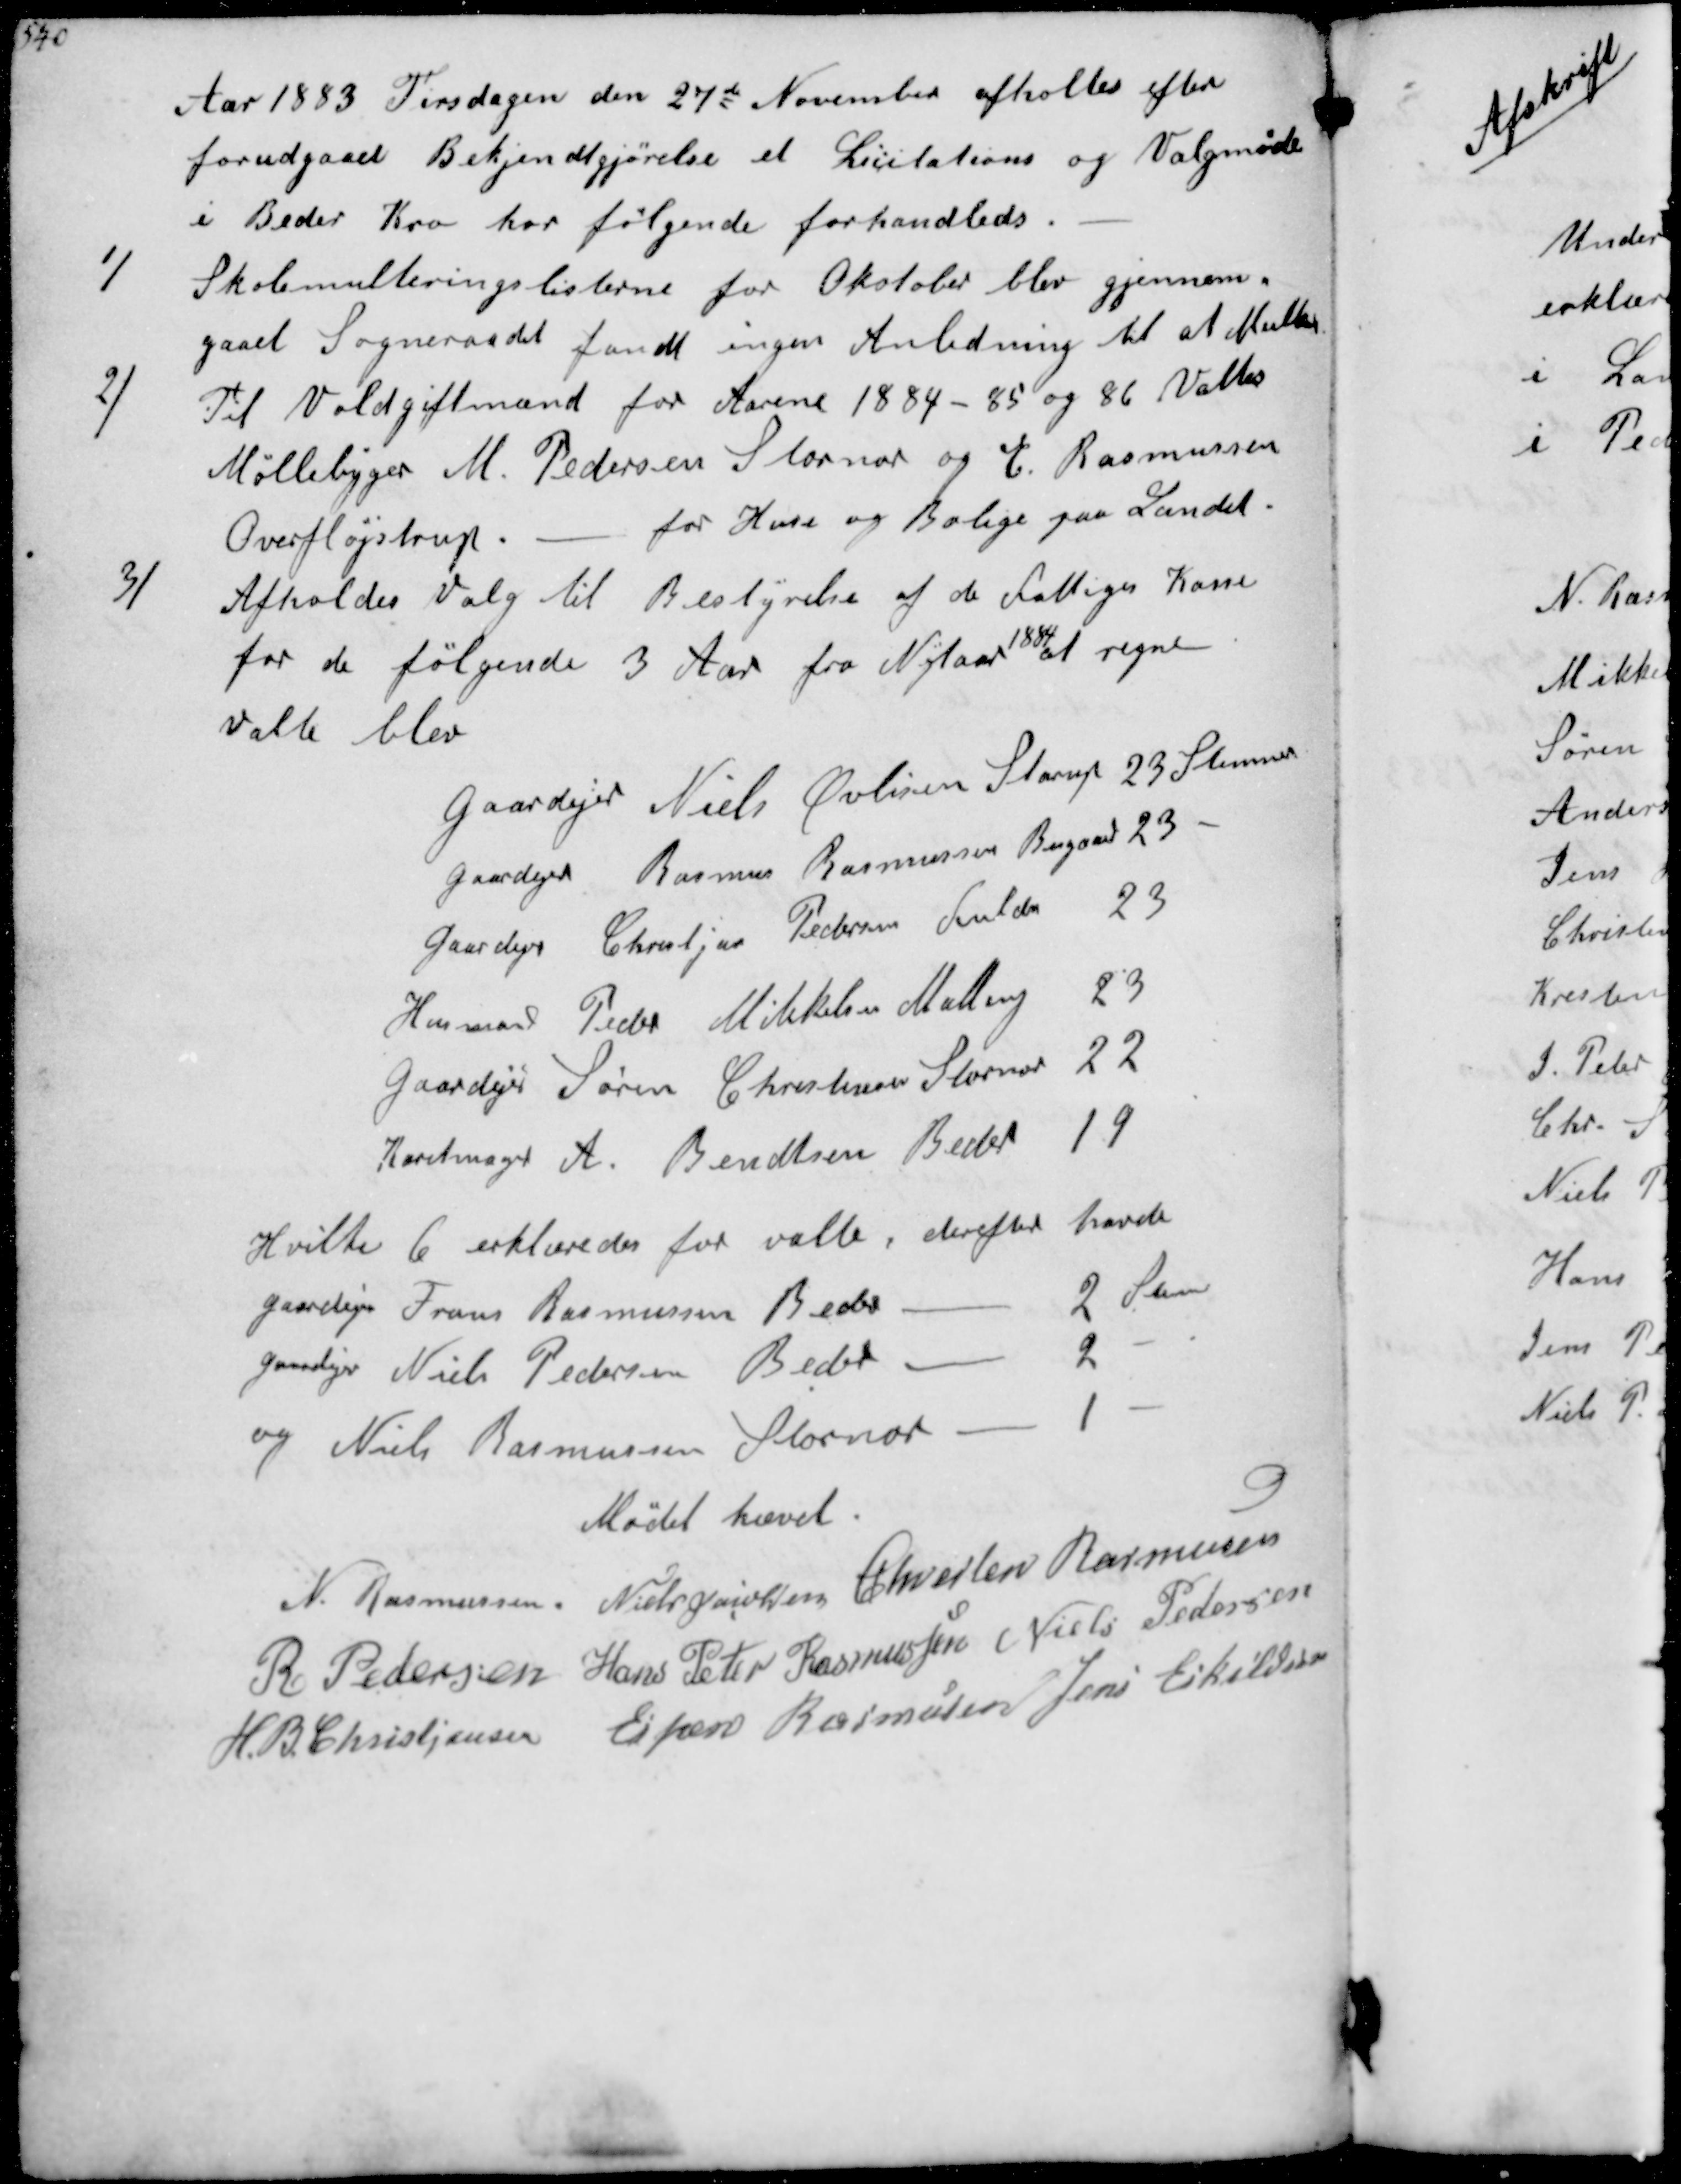
Transskription:
Aar 1883 Tirsdagen den 27de November afholtes efter
forudgaaet Bekjendtgørelse et Licitations og Valgmøde
i Beder Kro har følgende forhandleds
1/
Skolemulteringslisterne for Okstober blev gjennem-
gaaet Sogneraadet fandt ingen Anledning til at Multere
2/
Til Voldgiftmænd for Aarene 1884-85 og 86 Valtes
Møllebyger M. Pedersen Stornor og E. Rasmussen
Overfløjstrup.
for Huse og Bolige paa Landet.
3/
Afholdes Valg til Bestyrelse af de fattiges Kasse
for de følgende 3 Aar fra Nytaar
1884
at regne
Valte blev

Gaardejer Niels Øvlisen Starup 23 Stemmer
Gaardejer Rasmus Rasmussen Bisgaard 23
Gaardejer Christjan Pedersen Fulden 23
Husmand Peder Milkelsen Malling 23
Gaardejer Søren Christensen Stornor 22
Karetmager A. Bendtsen Beder 19

Hvilke 6 erklæredes for valte, derefter havde
gaardejer Frans Rasmussen Beder - 2 Stem
Gaadjer Niels Pedersen Beder - 2 -
og Niels Rasmussen Stornor 1 -
Mødet hævet
N. Rasmussen
Niels Jacobsen
Chresten Rasmussen
N. Pedersen
Hans Peter Rasmussen
Niels Pedersen
H. B Christiansen
Espen Rasmussen
Jens Eskildsen